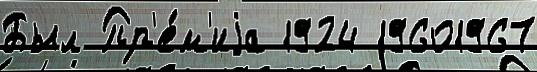
Был Пр'е́м'иjа 1924 19601967